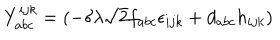
Y _ { a b c } ^ { i j k } = ( - \delta \lambda \sqrt { 2 } f _ { a b c } \epsilon _ { i j k } + d _ { a b c } h _ { i j k } )